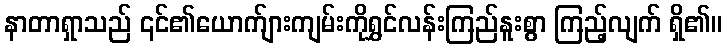
နာတာရှာသည် ၎င်၏ယောက်ျားကျမ်းကိုရွှင်လန်းကြည်နူးစွာ ကြည့်လျက် ရှိ၏။